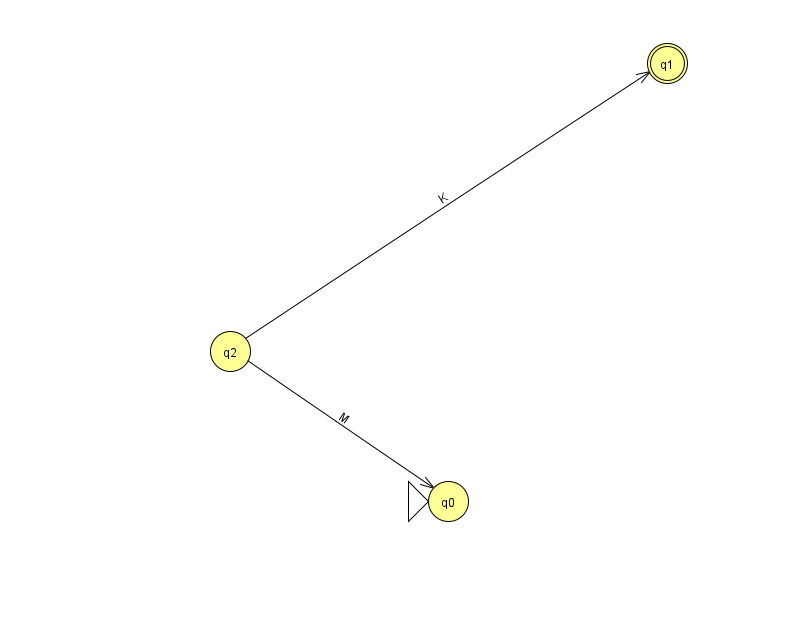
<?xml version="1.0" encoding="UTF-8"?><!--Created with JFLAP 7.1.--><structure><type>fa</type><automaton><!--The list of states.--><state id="0" name="q0"><x>448.0</x><y>488.0</y><initial/></state><state id="1" name="q1"><x>667.0</x><y>50.0</y><final/></state><state id="2" name="q2"><x>230.0</x><y>338.0</y></state><!--The list of transitions.--><transition><from>2</from><to>0</to><read>M</read></transition><transition><from>2</from><to>1</to><read>K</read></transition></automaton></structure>